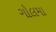
ગોલમા